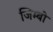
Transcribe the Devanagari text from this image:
जिम्बो